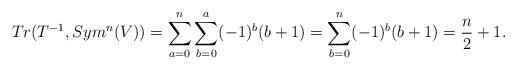
LaTeX: \begin{align*}Tr(T^{-1}, Sym^n(V)) &= \sum_{a=0}^{n} \sum_{b=0}^a (-1)^{b}(b+1) = \sum_{b=0}^n (-1)^{b}(b+1) = \frac{n}{2} + 1. \end{align*}